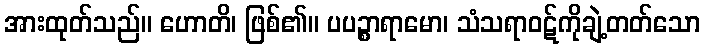
အားထုတ်သည်။ ဟောတိ၊ ဖြစ်၏။ ပပဉ္စာရာမော၊ သံသရာဝဋ်ကိုချဲ့တတ်သော